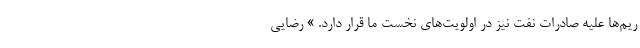
ریم‌ها علیه صادرات نفت نیز در اولویت‌های نخست ما قرار دارد. » رضایی